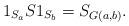
LaTeX: \begin{align*}1_{S_a} S 1_{S_b} = S_{G(a,b)}.\end{align*}